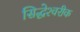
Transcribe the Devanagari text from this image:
सिद्धेश्‍वरीक